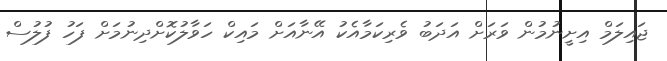
ޖައިލަމް އިށީނުމުން ވަރަށް އަދަބު ވެރިކަމާއެކު އޭނާއަށް މައިކް ހަވާލުކޮށްދިނުމަށް ފަހު ފުލުސް